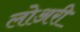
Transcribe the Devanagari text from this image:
लोअरी